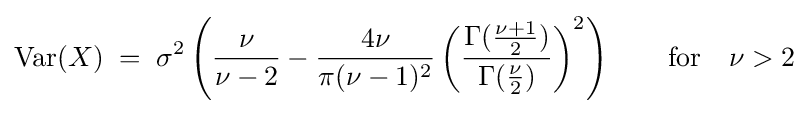
\operatorname {Var} (X)\;=\;\sigma ^{2}\left({\frac {\nu }{\nu -2}}-{\frac {4\nu }{\pi (\nu -1)^{2}}}\left({\frac {\Gamma ({\frac {\nu +1}{2}})}{\Gamma ({\frac {\nu }{2}})}}\right)^{2}\right)\qquad {\mbox{for}}\quad \nu >2